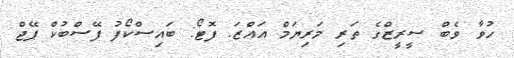
ހުވާ ވެބް ސީރީޒްގެ ތަރި މަރިޔަމް އައްޒަ. ފޮޓޯ: ބައިސްކޯފު ފޭސްބުކް ޕޭޖް